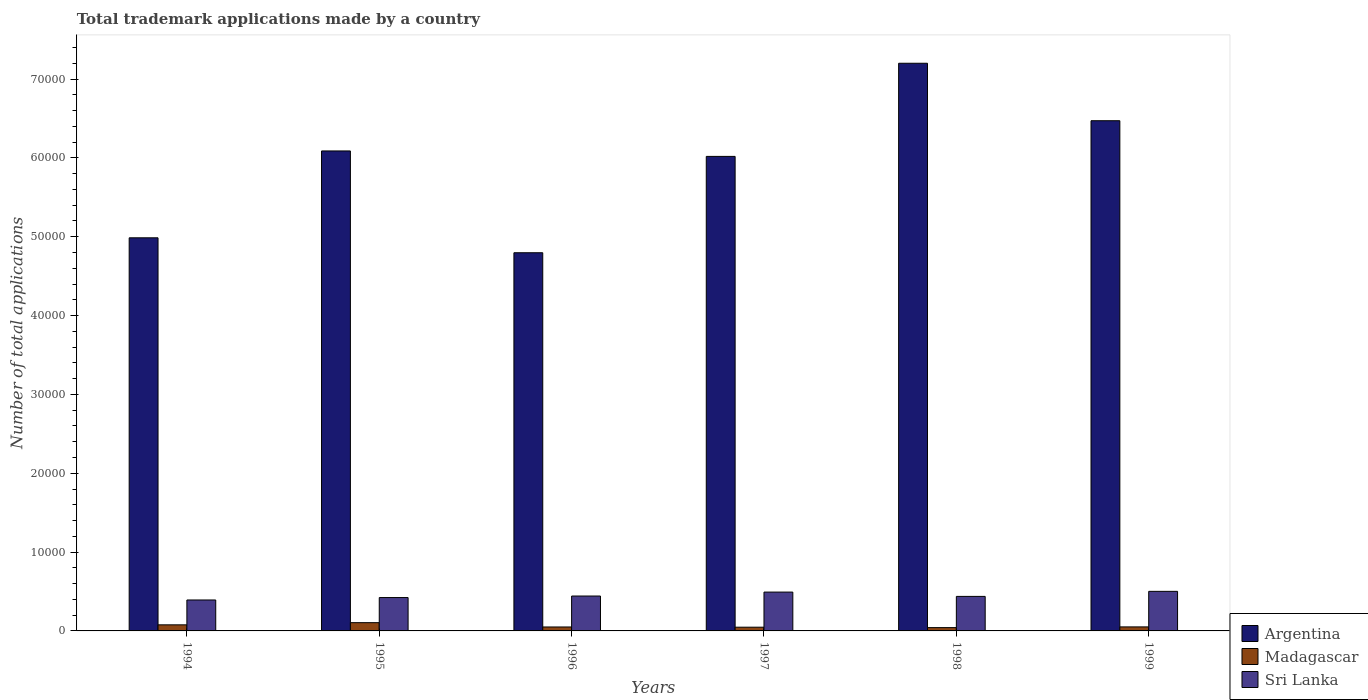
| Years | Argentina | Madagascar | Sri Lanka |
 | --- | --- | --- | --- |
 | 1994 | 4.99e+04 | 771 | 3.92e+03 |
 | 1995 | 6.09e+04 | 1.05e+03 | 4.23e+03 |
 | 1996 | 4.8e+04 | 500 | 4.43e+03 |
 | 1997 | 6.02e+04 | 473 | 4.93e+03 |
 | 1998 | 7.2e+04 | 420 | 4.38e+03 |
 | 1999 | 6.47e+04 | 510 | 5.02e+03 |